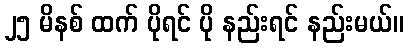
၂၅ မိနစ် ထက် ပိုရင် ပို နည်းရင် နည်းမယ်။